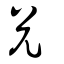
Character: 兊